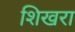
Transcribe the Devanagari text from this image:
शिखरा